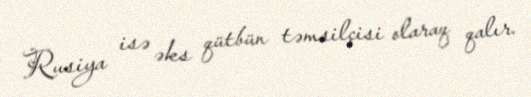
Rusiya isə əks qütbün təmsilçisi olaraq qalır.